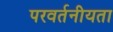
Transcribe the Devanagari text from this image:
परवर्तनीयता